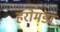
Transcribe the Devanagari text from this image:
हरोमडा